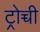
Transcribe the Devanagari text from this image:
ट्रोच्ची